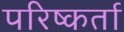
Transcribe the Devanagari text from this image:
परिष्कर्ता